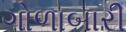
ગોળાબારી